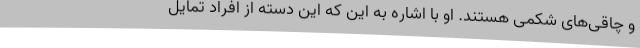
و چاقی‌های شکمی هستند. او با اشاره به این که این دسته از افراد تمایل